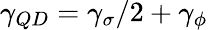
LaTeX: \gamma_{QD}=\gamma_{\sigma}/2+\gamma_{\phi}